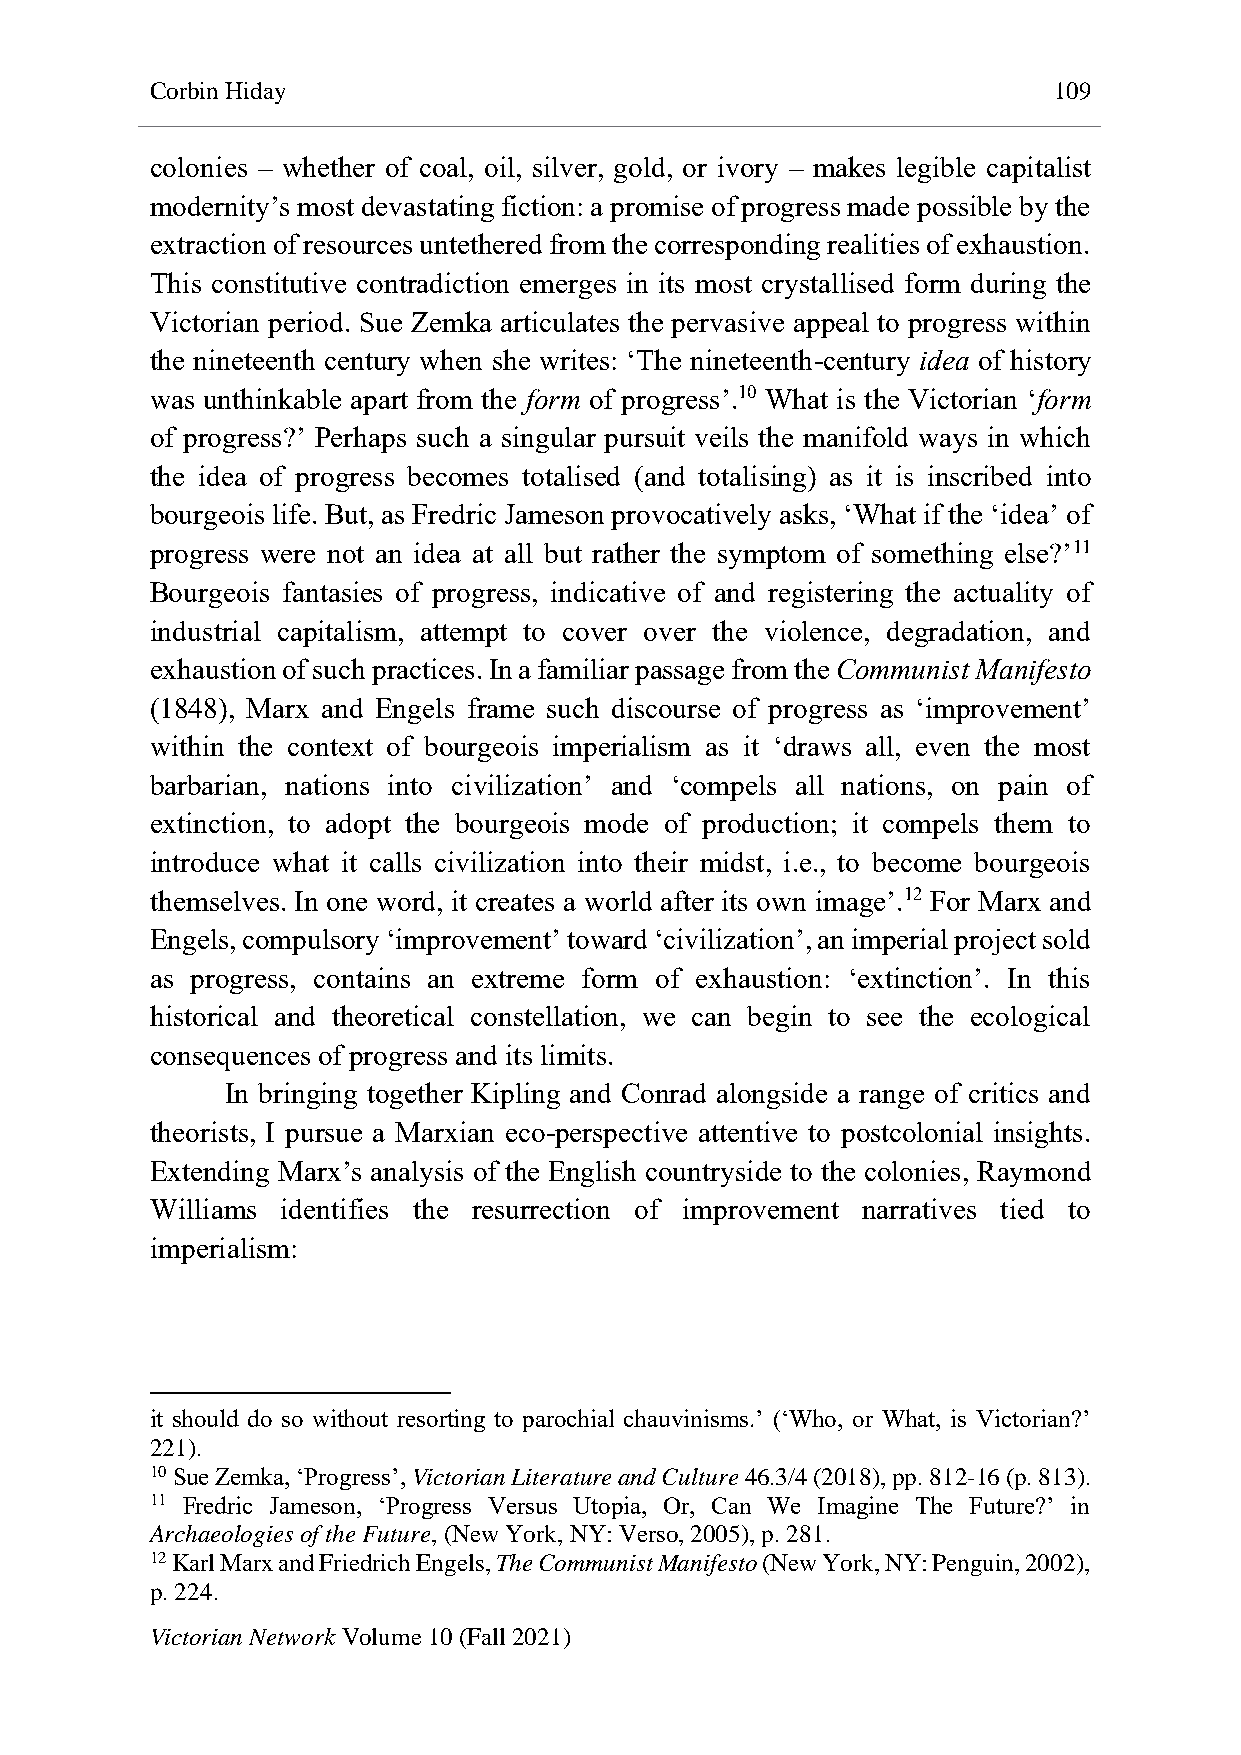
Corbin Hiday                                                109
 colonies – whether of coal, oil, silver, gold, or ivory – makes legible capitalist
 modernity’s most devastating fiction: a promise of progress made possible by the
 extraction of resources untethered from the corresponding realities of exhaustion.
 This constitutive contradiction emerges in its most crystallised form during the
 Victorian period. Sue Zemka articulates the pervasive appeal to progress within
 the nineteenth century when she writes: ‘The nineteenth-century idea of history
 was unthinkable apart from the form of progress’.10 What is the Victorian ‘form
 of progress?’ Perhaps such a singular pursuit veils the manifold ways in which
 the idea of progress becomes totalised (and totalising) as it is inscribed into
 bourgeois life. But, as Fredric Jameson provocatively asks, ‘What if the ‘idea’ of
 progress were not an idea at all but rather the symptom of something else?’11
 Bourgeois fantasies of progress, indicative of and registering the actuality of
 industrial capitalism, attempt to cover over the violence, degradation, and
 exhaustion of such practices. In a familiar passage from the Communist Manifesto
 (1848), Marx and Engels frame such discourse of progress as ‘improvement’
 within the context of bourgeois imperialism as it ‘draws all, even the most
 barbarian, nations into civilization’ and ‘compels all nations, on pain of
 extinction, to adopt the bourgeois mode of production; it compels them to
 introduce what it calls civilization into their midst, i.e., to become bourgeois
 themselves. In one word, it creates a world after its own image’.12 For Marx and
 Engels, compulsory ‘improvement’ toward ‘civilization’, an imperial project sold
 as progress, contains an extreme form of exhaustion: ‘extinction’. In this
 historical and theoretical constellation, we can begin to see the ecological
 consequences of progress and its limits.
 In bringing together Kipling and Conrad alongside a range of critics and
 theorists, I pursue a Marxian eco-perspective attentive to postcolonial insights.
 Extending Marx’s analysis of the English countryside to the colonies, Raymond
 Williams identifies the resurrection of improvement narratives tied to
 imperialism:
 it should do so without resorting to parochial chauvinisms.’ (‘Who, or What, is Victorian?’
 221).
 10 Sue Zemka, ‘Progress’, Victorian Literature and Culture 46.3/4 (2018), pp. 812-16 (p. 813).
 11 Fredric Jameson, ‘Progress Versus Utopia, Or, Can We Imagine The Future?’ in
 Archaeologies of the Future, (New York, NY: Verso, 2005), p. 281.
 12 Karl Marx and Friedrich Engels, The Communist Manifesto (New York, NY: Penguin, 2002),
 p. 224.
 Victorian Network Volume 10 (Fall 2021)